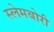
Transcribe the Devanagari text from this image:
स्‍लेमबोरी